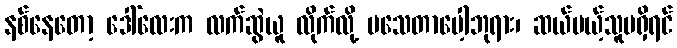
နစ်နေတော့ ဒေါ်လေးက လက်ဆွဲယူ လိုက်လို့ မသေတာပေါ့ဘုရား၊ ဆယ်မယ့်သူမရှိရင်